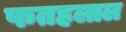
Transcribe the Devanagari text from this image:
फतहलाल